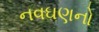
નવઘણનો